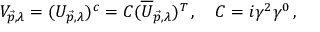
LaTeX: V _ { \vec { p } , \lambda } = ( U _ { \vec { p } , \lambda } ) ^ { c } = C ( \overline { { { U } } } _ { \vec { p } , \lambda } ) ^ { T } \, , \quad C = i \gamma ^ { 2 } \gamma ^ { 0 } \, ,